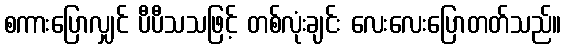
စကားပြောလျှင် ပီပီသသဖြင့် တစ်လုံးချင်း လေးလေးပြောတတ်သည်။